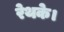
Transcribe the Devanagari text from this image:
रेथके।